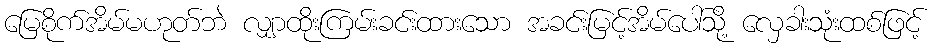
မြေစိုက်အိမ်မဟုတ်ဘဲ လျှာထိုးကြမ်းခင်းထားသော အခင်းမြင့်အိမ်ပေါ်သို့ လှေခါးသုံးထစ်ဖြင့်